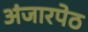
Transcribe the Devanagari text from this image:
अंजारपेठ